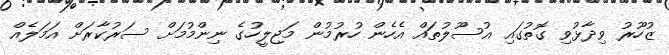
ޒުހޫރު ވިދާޅުވި ގޮތުގައި އުސޫލުތައް އެހެން ހުރުމުން މަޖިލީހުގެ ނިންމުމަށް ސަރުކާރަށް އަމަލެއް